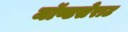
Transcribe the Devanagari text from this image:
मॉण्टसेराट